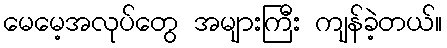
မေမေ့အလုပ်တွေ အများကြီး ကျန်ခဲ့တယ်။